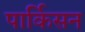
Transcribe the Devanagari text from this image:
पार्किसन